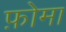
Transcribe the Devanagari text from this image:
फ़ोमा